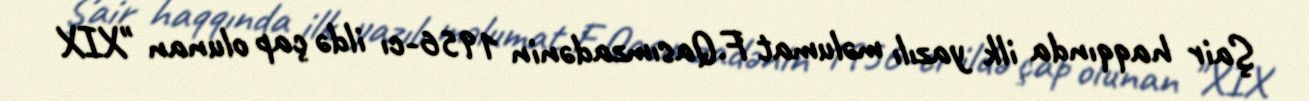
Şair haqqında ilk yazılı məlumat F.Qasımzadənin 1956-cı ildə çap olunan "XIX